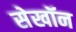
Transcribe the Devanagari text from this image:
सेखॉन